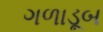
ગળાડૂબ